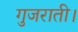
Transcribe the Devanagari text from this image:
गुजराती।